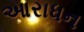
આરાધન